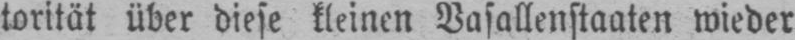
torität über diese kleinen Vasallenstaaten wieder